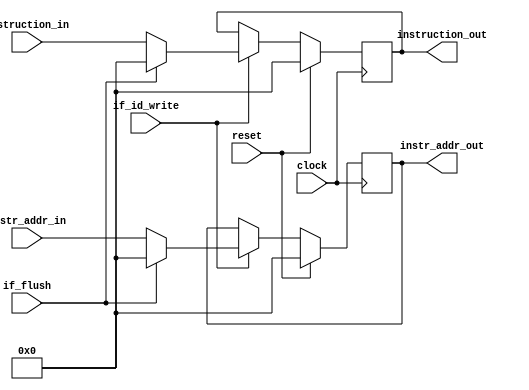
`timescale 1ns / 1ps
//////////////////////////////////////////////////////////////////////////////////
// Company: 
// Engineer: 
// 
// Design Name: 
// Module Name:    IF_ID_Buffer 
// Project Name: 
// Target Devices: 
// Tool versions: 
// Description: 
//
// Dependencies: 
//
// Revision: 
// Revision 0.01 - File Created
// Additional Comments: 
//
//////////////////////////////////////////////////////////////////////////////////
module IF_ID_Buffer(clock,reset,if_id_write,if_flush,instruction_in,instr_addr_in,instruction_out,
							instr_addr_out
    );

	input clock,reset;
	input if_id_write;
	input if_flush;
	input [15:0] instr_addr_in;
	input [15:0] instruction_in;
	
	output reg [15:0] instr_addr_out;
	output reg [15:0] instruction_out;
	
	always@(posedge clock) begin
		if(reset)
			instruction_out <= 'd0;
		else if(if_id_write == 'd0)
			instruction_out <= instruction_out;
		else if(if_flush)
			instruction_out <= 'd0;
		else
			instruction_out <= instruction_in;
	end
	
	always@(posedge clock) begin
		if(reset)
			instr_addr_out <= 'd0;
		else if(if_id_write == 'd0)
			instr_addr_out <= instr_addr_out;
		else if(if_flush)
			instr_addr_out <= 'd0;
		else
			instr_addr_out <= instr_addr_in;
	end
endmodule